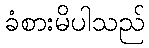
ခံစားမိပါသည်